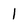
Character: 1